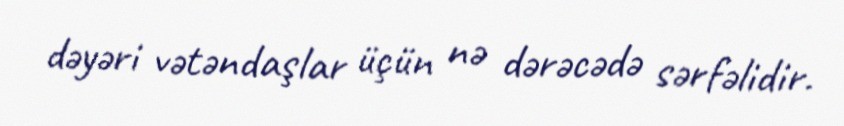
dəyəri vətəndaşlar üçün nə dərəcədə sərfəlidir.